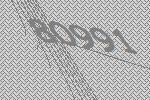
80991